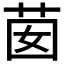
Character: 𦮗